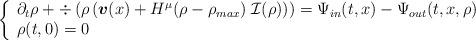
LaTeX: \begin{align*} \left\{ \begin{array}{l} \partial_t \rho + \div \left( \rho \left( \boldsymbol{v} (x) + H^\mu(\rho - \rho_{max}) \; \mathcal{I} (\rho) \right) \right) = \Psi_{in} (t,x) - \Psi_{out} (t,x,\rho) \\ \rho (t,0) =0 \end{array} \right.\end{align*}